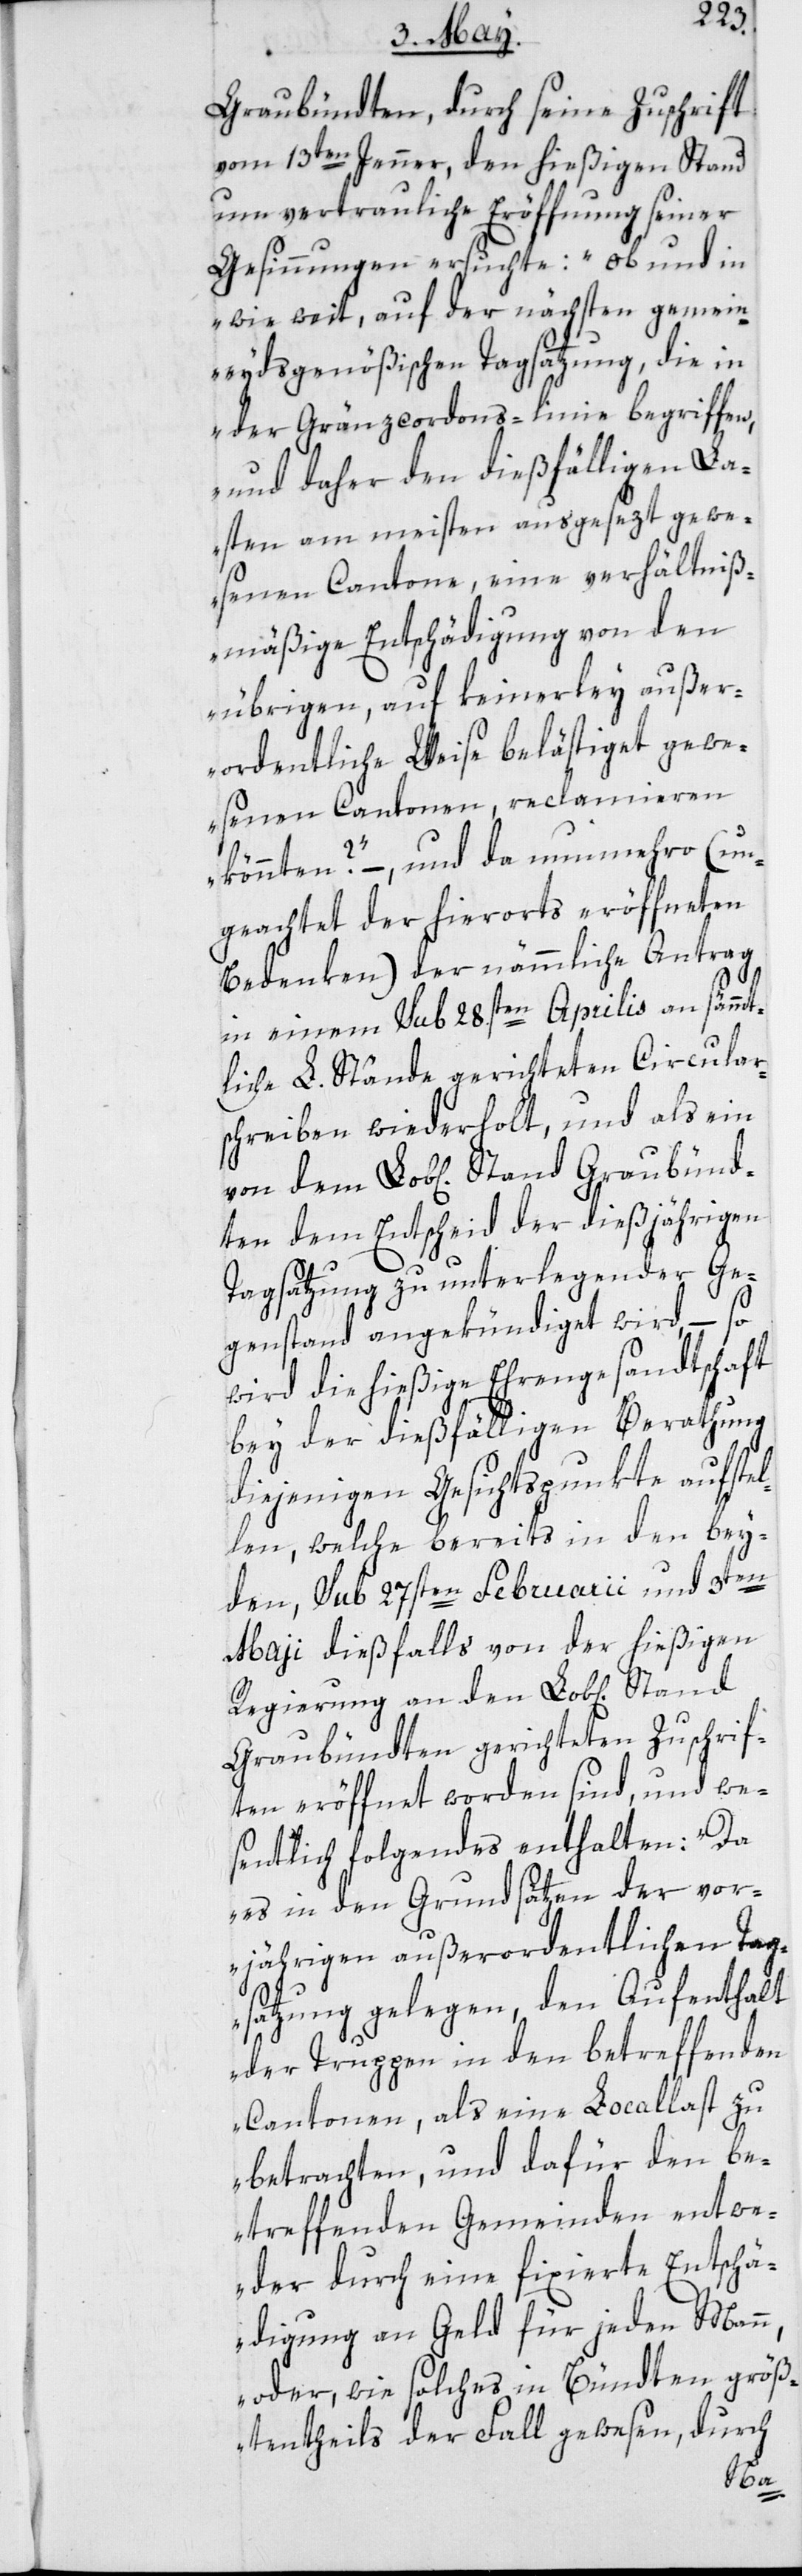
Graubündten, durch seine Zuschrift
vom 13ten Jenner, den hießigen Stand
um vertrauliche Eröffnung seiner
Gesinnungen ersuchte: „ob und in
wie weit, auf der nächsten gemein¬
eydsgenößischen Tagsatzung, die in
der Gränzcordons-linie begriffen,
und daher den dießfälligen La¬
sten am meisten ausgesezt gewe¬
senen Cantone, eine verhältniß¬
mäßige Entschädigung von den
übrigen, auf keinerley außer¬
ordentliche Weise belästigt gewe¬
senen Cantonen, reclamieren
könnten?“ –, und da nunmehro (un¬
geachtet der hierorts eröffneten
Bedenken) der nämmliche Antrag
in einem sub 28sten Aprilis an sämmt¬
liche L. Stände gerichteten Circular¬
schreiben wiederholt, und als ein
dten dem Entscheid der dießjährigen
Tagsatzung zu unterlegender Ge¬
genstand angekündiget wird, – so
wird die hießige Ehrengesandtschaft
bey der dießfälligen Berathung
diejenigen Gesichtspunkte aufstel¬
len, welche bereits in den bey¬
bün¬
den, sub 27sten Februarii und
May dießfalls von der hießigen
Regierung an den Lob[lichen]
Graubündten gerichteten Zuschrif¬
ten eröffnet worden sind, und we¬
sentlich folgendes enthalten: „Da
es in den Grundsätzen der vor¬
jährigen außerordentlichen Tag¬
satzung gelegen, den Aufenthalt
der Truppen in den betreffenden
Cantonen, als eine Locallast zu
betrachten, und dafür den be¬
treffenden Gemeinden entwe¬
der durch eine fixierte Entschä¬
digung an Geld für jeden Mann,
oder, wie solches in Bündten größ¬
tentheils der Fall gewesen, durch
Grau¬